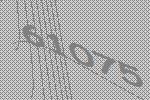
61075